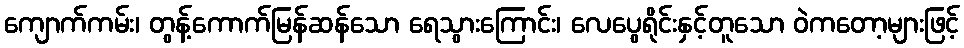
ကျောက်ကမ်း၊ တွန့်ကောက်မြန်ဆန်သော ရေသွားကြောင်း၊ လေပွေရိုင်းနှင့်တူသော ဝဲကတော့များဖြင့်